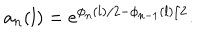
LaTeX: a _ { n } ( l ) = e ^ { \phi _ { n } ( l ) / 2 - \phi _ { n - 1 } ( l ) / 2 } .